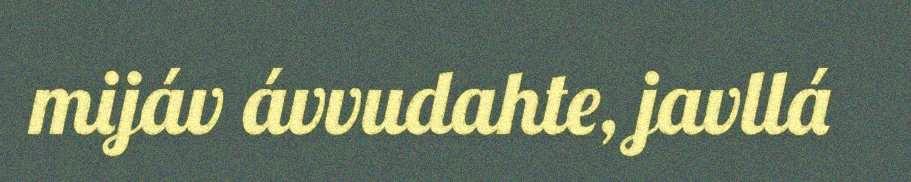
mijáv ávvudahte, javllá